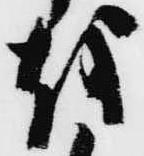
越